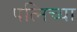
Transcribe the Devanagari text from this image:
पत्निच्या